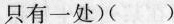
只有一处)()